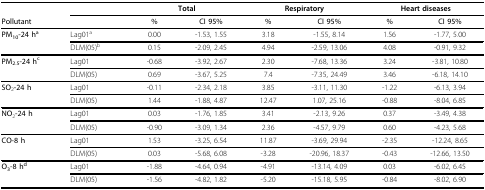
<table><thead><tr><td></td><td></td><td colspan="2"><b>Total</b></td><td colspan="2"><b>Respiratory</b></td><td colspan="2"><b>Heart diseases</b></td></tr><tr><td><b>Pollutant</b></td><td></td><td><b>%</b></td><td><b>CI 95%</b></td><td><b>%</b></td><td><b>CI 95%</b></td><td><b>%</b></td><td><b>CI 95%</b></td></tr></thead><tbody><tr><td><b>PM<sub>10</sub>-24 h<sup>a</sup></b></td><td>Lag01<sup>a</sup></td><td>0.00</td><td>-1.53, 1.55</td><td>3.18</td><td>-1.55, 8.14</td><td>1.56</td><td>-1.77, 5.00</td></tr><tr><td></td><td>DLM(05)<sup>b</sup></td><td>0.15</td><td>-2.09, 2.45</td><td>4.94</td><td>-2.59, 13.06</td><td>4.08</td><td>-0.91, 9.32</td></tr><tr><td><b>PM<sub>2.5</sub>-24 h<sup>c</sup></b></td><td>Lag01</td><td>-0.68</td><td>-3.92, 2.67</td><td>2.30</td><td>-7.68, 13.36</td><td>3.24</td><td>-3.81, 10.80</td></tr><tr><td></td><td>DLM(05)</td><td>0.69</td><td>-3.67, 5.25</td><td>7.4</td><td>-7.35, 24.49</td><td>3.46</td><td>-6.18, 14.10</td></tr><tr><td><b>SO</b><sub>2</sub><b>-24 h</b></td><td>Lag01</td><td>-0.11</td><td>-2.34, 2.18</td><td>3.85</td><td>-3.11, 11.30</td><td>-1.22</td><td>-6.13, 3.94</td></tr><tr><td></td><td>DLM(05)</td><td>1.44</td><td>-1.88, 4.87</td><td>12.47</td><td>1.07, 25.16</td><td>-0.88</td><td>-8.04, 6.85</td></tr><tr><td><b>NO</b><sub>2</sub><b>-24 h</b></td><td>Lag01</td><td>0.03</td><td>-1.76, 1.85</td><td>3.41</td><td>-2.13, 9.26</td><td>0.37</td><td>-3.49, 4.38</td></tr><tr><td></td><td>DLM(05)</td><td>-0.90</td><td>-3.09, 1.34</td><td>2.36</td><td>-4.57, 9.79</td><td>0.60</td><td>-4.23, 5.68</td></tr><tr><td><b>CO-8 h</b></td><td>Lag01</td><td>1.53</td><td>-3.25, 6.54</td><td>11.87</td><td>-3.69, 29.94</td><td>-2.35</td><td>-12.24, 8.65</td></tr><tr><td></td><td>DLM(05)</td><td>0.03</td><td>-5.68, 6.08</td><td>-3.28</td><td>-20.96, 18.37</td><td>-0.43</td><td>-12.66, 13.50</td></tr><tr><td><b>O<sub>3</sub>-8 h<sup>d</sup></b></td><td>Lag01</td><td>-1.88</td><td>-4.64, 0.94</td><td>-4.91</td><td>-13.14, 4.09</td><td>0.03</td><td>-6.02, 6.45</td></tr><tr><td></td><td>DLM(05)</td><td>-1.56</td><td>-4.82, 1.82</td><td>-5.20</td><td>-15.18, 5.95</td><td>-0.84</td><td>-8.02, 6.90</td></tr></tbody></table>